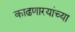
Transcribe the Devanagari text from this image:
काढणारयांच्या